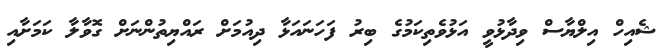
ޝެއިހް އިލްޔާސް ވިދާޅުވީ އަޅުވެތިކަމުގެ ބިރު ފަހަނައަޅާ ދިއުމަށް ރައްޔިތުންނަށް ގޮވާލާ ކަމަށާއި